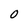
Character: 0